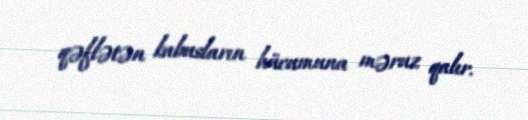
qəflətən kabusların hücumuna məruz qalır.